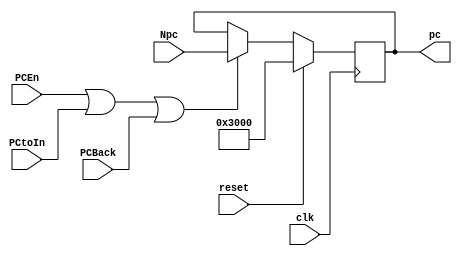
`timescale 1ns / 1ps
module PC(clk, reset, PCEn, PCBack, PCtoIn, Npc, pc);
   input clk;
   input reset;
	input PCEn;
	input PCtoIn;
	input PCBack;
   input wire[31:0] Npc;
   output reg [31:0] pc;
	
	initial begin
		pc <= 32'h0000_3000;
	end
	
	always @(posedge clk) begin
		if(reset)begin
			pc <= 32'h0000_3000;
		end
		else if(PCEn||PCtoIn||PCBack)begin
			pc <= Npc;
		end
	end
	

endmodule